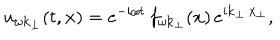
u _ { \omega \bf k _ { \perp } } ( t , { \bf x } ) = e ^ { - i \omega t } \, f _ { \omega { \bf k } _ { \perp } } ( x ) \, e ^ { i { \bf k } _ { \perp } \cdot { \bf x } _ { \perp } } ,